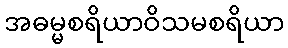
အဓမ္မစရိယာဝိသမစရိယာ